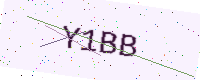
Text: Y1BB